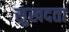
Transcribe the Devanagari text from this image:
सुखदता